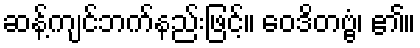
ဆန့်ကျင်ဘက်နည်းဖြင့်။ ဝေဒိတဗ္ဗံ၊ ၏။